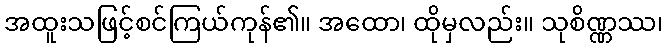
အထူးသဖြင့်စင်ကြယ်ကုန်၏။ အထော၊ ထိုမှလည်း။ သုစိဏ္ဏဿ၊